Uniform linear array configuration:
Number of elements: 16
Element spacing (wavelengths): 1
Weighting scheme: hamming
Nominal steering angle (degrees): -60
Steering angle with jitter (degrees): -59.877
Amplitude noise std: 0.05
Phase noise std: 0.05

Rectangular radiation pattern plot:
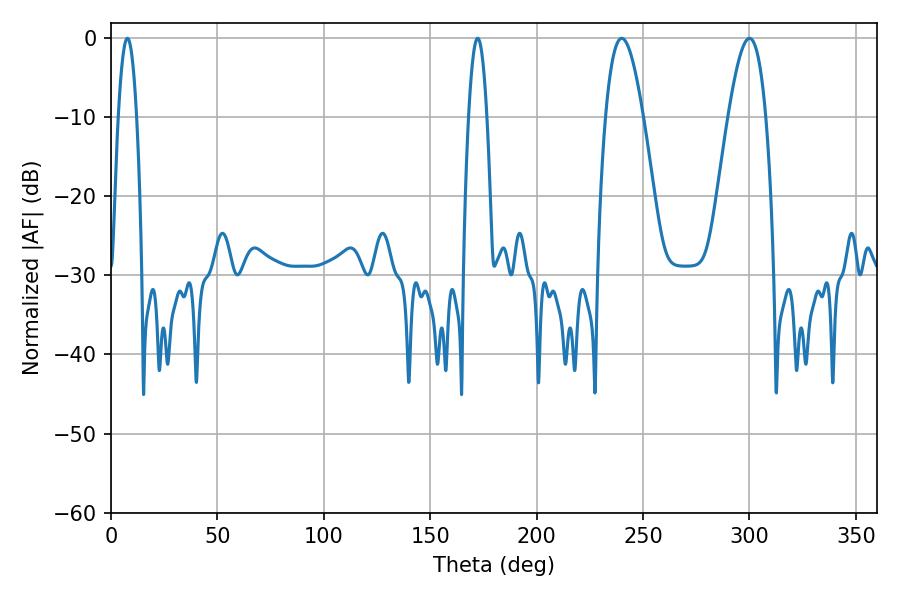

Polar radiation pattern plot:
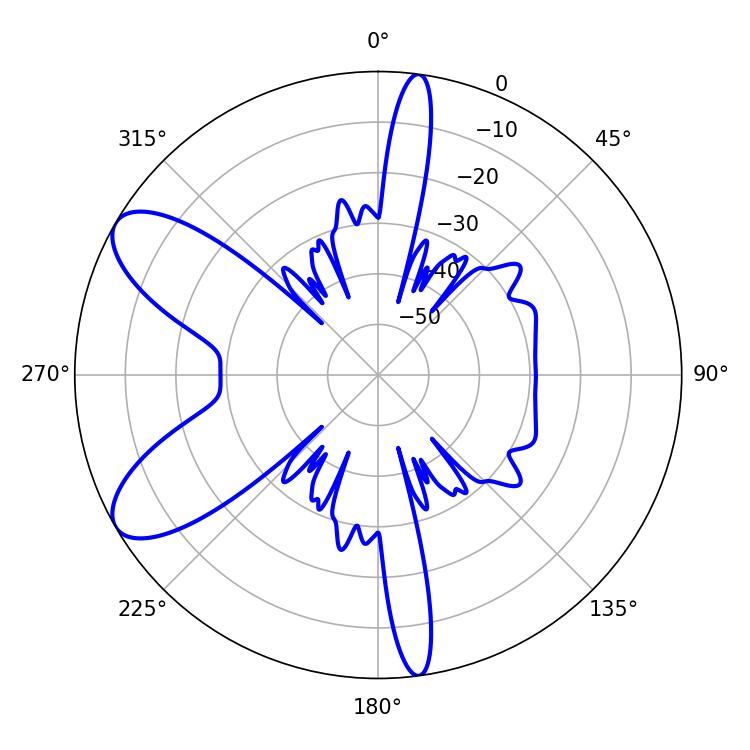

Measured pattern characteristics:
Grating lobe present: TRUE
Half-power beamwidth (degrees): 9.54
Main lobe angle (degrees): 239.94